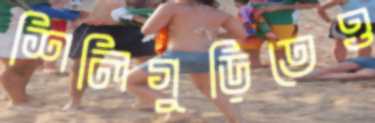
শিলিগুড়িতেও